Statistics compiled by the Government of India from the reports of provincial Civil Veterinary Departments
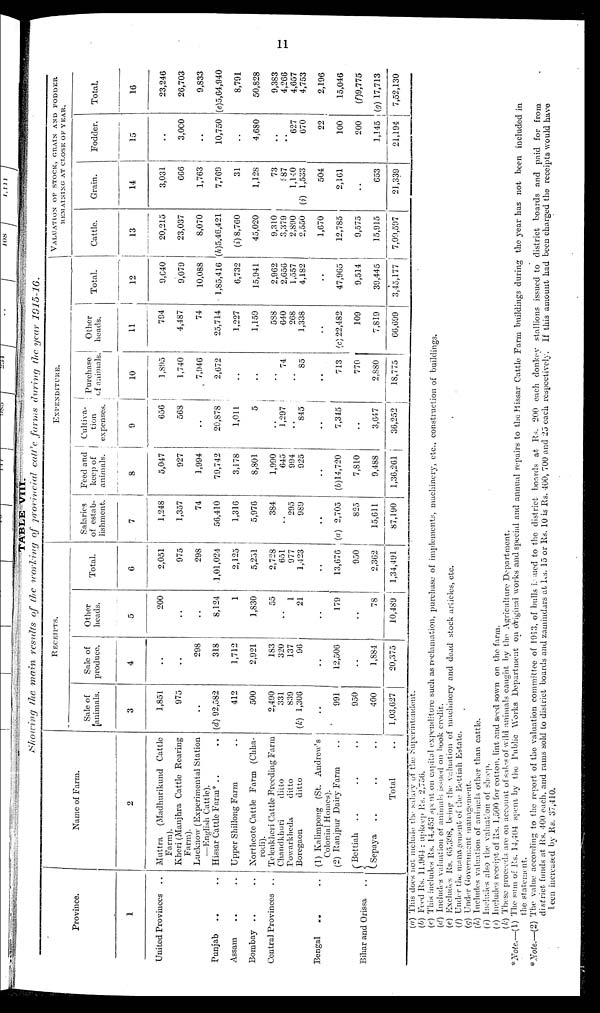
11
TABLE VIII.
Showing
the main results of the working of provincial cattle farms
during
the year
1915-16.
Province.
1
United Provinces ..
Punjab .. ..
Assam .. ..
Bombay .. ..
Central Provinces ..
Bengal .. ..
Bihar and Orissa ..
Name of Farm.
2
Muttra (Madhurikund Cattle
Farm).
Kheri (Manjhra Cattle Rearing
Farm).
Lucknow (Experimental Station
—English Cattle).
Hissar Cattle Farm* .. ..
Upper Shillong Farm ..
Northeote Cattle Farm (Chha-
rodi).
Telenkheri Cattle Breeding Farm
Chandkhuri
ditto
Powarkheda
ditto
Boregaon
ditto
(1) Kalimpong (St. Andrew's
Colonial Homes).
(2) Ranjpur Dairy Farm ..
Bettiah .. .. ..
Sepaya .. .. ..
Total ..
RECEIPTS.
Sale of
animals.
3
1,851
975
..
(d) 92,582
412
500
2,490
331
839
(k) 1,306
..
991
950
400
1,03,627
Sale of
produce.
4
..
..
298
318
1,712
2,921
183
320
137
96
..
12,506
..
1,884
20,375
Other
heads.
5
200
..
..
8,124
1
1,830
55
..
1
21
..
179
..
78
10,489
Total.
6
2,051
975
298
1,01,024
2,125
5,251
2,728
651
977
1,423
..
13,676
950
2,362
1,34,491
EXPENDITURE.
Salaries
of estab-
lishment.
7
1,248
1,357
74
56,410
1,316
5,976
384
..
295
989
..
(a) 2,705
825
15,611
87,190
Feed and
keep of
animals.
8
5,047
927
1,994
79,742
3,178
8,801
1,990
645
994
925
..
(b)14,720
7,810
9,488
1,36,261
Cultiva-
tion
expenses.
9
656
568
..
20,878
1,011
5
..
1,297
..
845
..
7,345
..
3,647
36,252
Purchase
of animals.
10
1,895
1,740
7,946
2,672
..
..
..
74
..
85
..
713
770
2,880
18,775
Other
heads.
11
794
4,487
74
25,714
1,227
1,159
588
640
268
1,338
..
(c) 22,482
109
7,819
66,699
Total.
12
9,640
9,079
10,088
1,85,416
6,732
15,941
2,962
2,656
1,557
4,182
..
47,965
9,514
39,445
3,45,177
VALUATION OF STOCK, GRAIN AND FODDER
REMAINING AT CLOSE OF YEAR.
Cattle.
13
20,215
23,037
8,070
(h)5,46,421
(i) 8,760
45,020
9,310
3,379
2,890
2,550
1,670
12,785
9,575
15,915
7,09,597
Grain.
14
3,031
666
1,763
7,769
31
1,128
73
887
1,140
(i) 1,533
504
2,161
..
653
21,339
Fodder.
15
..
3,000
..
10,750
..
4,680
..
..
627
670
22
100
200
1,145
21,194
Total.
16
23,246
26,703
9,833
(e)5,64,940
8,791
50,828
9,383
4,266
4,657
4,753
2,196
15,046
(f)9,775
(g) 17,713
7,52,130
(a) This does not include the salary of the Superintendent.
(b) Feed Rs. 11,964: upkeep Rs. 2,756.
(c) This includes Rs. 14,453 spent on capital expenditure such as reclamation, purchase of implements, machinery, etc.. construction of buildings.
(d) Includes valuation of animals issued on book credit.
(e) Excludes Rs. 65,398, being the valuation of machinery and dead stock articles, etc.
(f) Under the management of the Bettiah Estate.
(g) Under Government management.
(h) Includes valuation of animals other than cattle.
(i) Includes also the valuation of sheep.
(j) Includes receipt of Rs. 1,500 for cotton, lint and seed sown on the farm.
(k) These proceeds are on account of sales of wild animals caught by the Agriculture Department.
*Note.—(1) The sum of Rs. 14,404 spent by the Public Works Department on original works and special and annual repairs to the Hissar Cattle Farm buildings during the year has not been included in
the statement.
*Note.—(2) The value according to the report of the valuation committee of 1913, of bulls issued to the district boards at Rs. 200 each donkey stallions issued to district boards and paid for from
district funds at Rs. 400 each, and rams sold to district boards and zamindars at Rs. 15 or Rs. 10 is Rs. 400, 700 and 25 each respectively. If this amount had been charged the receipts would have
been increased by Rs. 37,410.